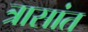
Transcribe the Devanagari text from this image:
त्रासांत